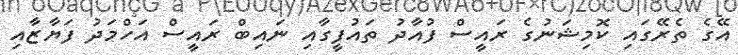
އޭގެ ތެރޭގައި ކޮމިޝަނުގެ ރައީސް ފުއާދު ތައުފީގާއި ނައިބް ރައީސް އަހްމަދު ފަޔާޒާއި